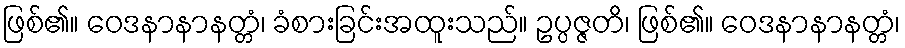
ဖြစ်၏။ ဝေဒနာနာနတ္တံ၊ ခံစားခြင်းအထူးသည်။ ဥပ္ပဇ္ဇတိ၊ ဖြစ်၏။ ဝေဒနာနာနတ္တံ၊